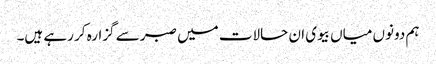
ہم دونوں میاں بیوی ان حالات میں صبر سے گزارہ کر رہے ہیں۔